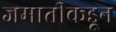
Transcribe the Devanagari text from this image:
जमातीकडून